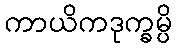
ကာယိကဒုက္ခမ္ပိ